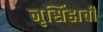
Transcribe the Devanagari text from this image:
नृसिंहाची